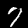
Digit: 7